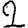
Digit: 2